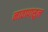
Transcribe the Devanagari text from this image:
नावापासुन